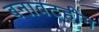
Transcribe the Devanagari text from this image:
बनावटहीन